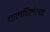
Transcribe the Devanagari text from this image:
चालविलेल्‍या